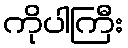
ကိုပါကြီး